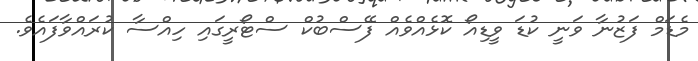
މެޑަމް ފަޒުނާ ވަނީ ކުޑަ ވީޑިއޯ ކޮޅެއްވެއް ފޭސްބުކް ސްޓޯރީގައި ހިއްސާ ކުރައްވާފައެވެ.